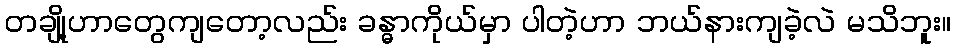
တချို့ဟာတွေကျတော့လည်း ခန္ဓာကိုယ်မှာ ပါတဲ့ဟာ ဘယ်နားကျခဲ့လဲ မသိဘူး။